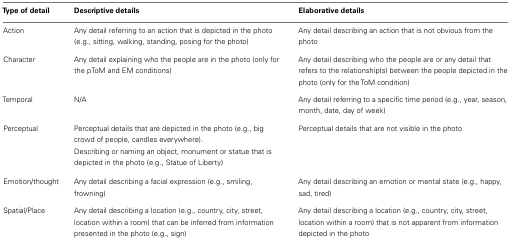
<table><thead><tr><td><b>Type of detail</b></td><td><b>Descriptive details</b></td><td><b>Elaborative details</b></td></tr></thead><tbody><tr><td>Action</td><td>Any detail referring to an action that is depicted in the photo (e.g., sitting, walking, standing, posing for the photo)</td><td>Any detail describing an action that is not obvious from the photo</td></tr><tr><td>Character</td><td>Any detail explaining who the people are in the photo (only for the pToM and EM conditions)</td><td>Any detail describing who the people are or any detail that refers to the relationship(s) between the people depicted in the photo (only for the ToM condition)</td></tr><tr><td>Temporal</td><td>N/A</td><td>Any detail referring to a specific time period (e.g., year, season, month, date, day of week)</td></tr><tr><td>Perceptual</td><td>Perceptual details that are depicted in the photo (e.g., big crowd of people, candles everywhere). Describing or naming an object, monument or statue that is depicted in the photo (e.g., Statue of Liberty)</td><td>Perceptual details that are not visible in the photo</td></tr><tr><td>Emotion/thought</td><td>Any detail describing a facial expression (e.g., smiling, frowning)</td><td>Any detail describing an emotion or mental state (e.g., happy, sad, tired)</td></tr><tr><td>Spatial/Place</td><td>Any detail describing a location (e.g., country, city, street, location within a room) that can be inferred from information presented in the photo (e.g., sign)</td><td>Any detail describing a location (e.g., country, city, street, location within a room) that is not apparent from information depicted in the photo</td></tr></tbody></table>